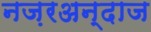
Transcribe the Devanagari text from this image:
नज़रअन्दाज